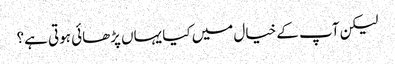
لیکن آپ کے خیال میں کیا یہاں پڑھائی ہوتی ہے؟